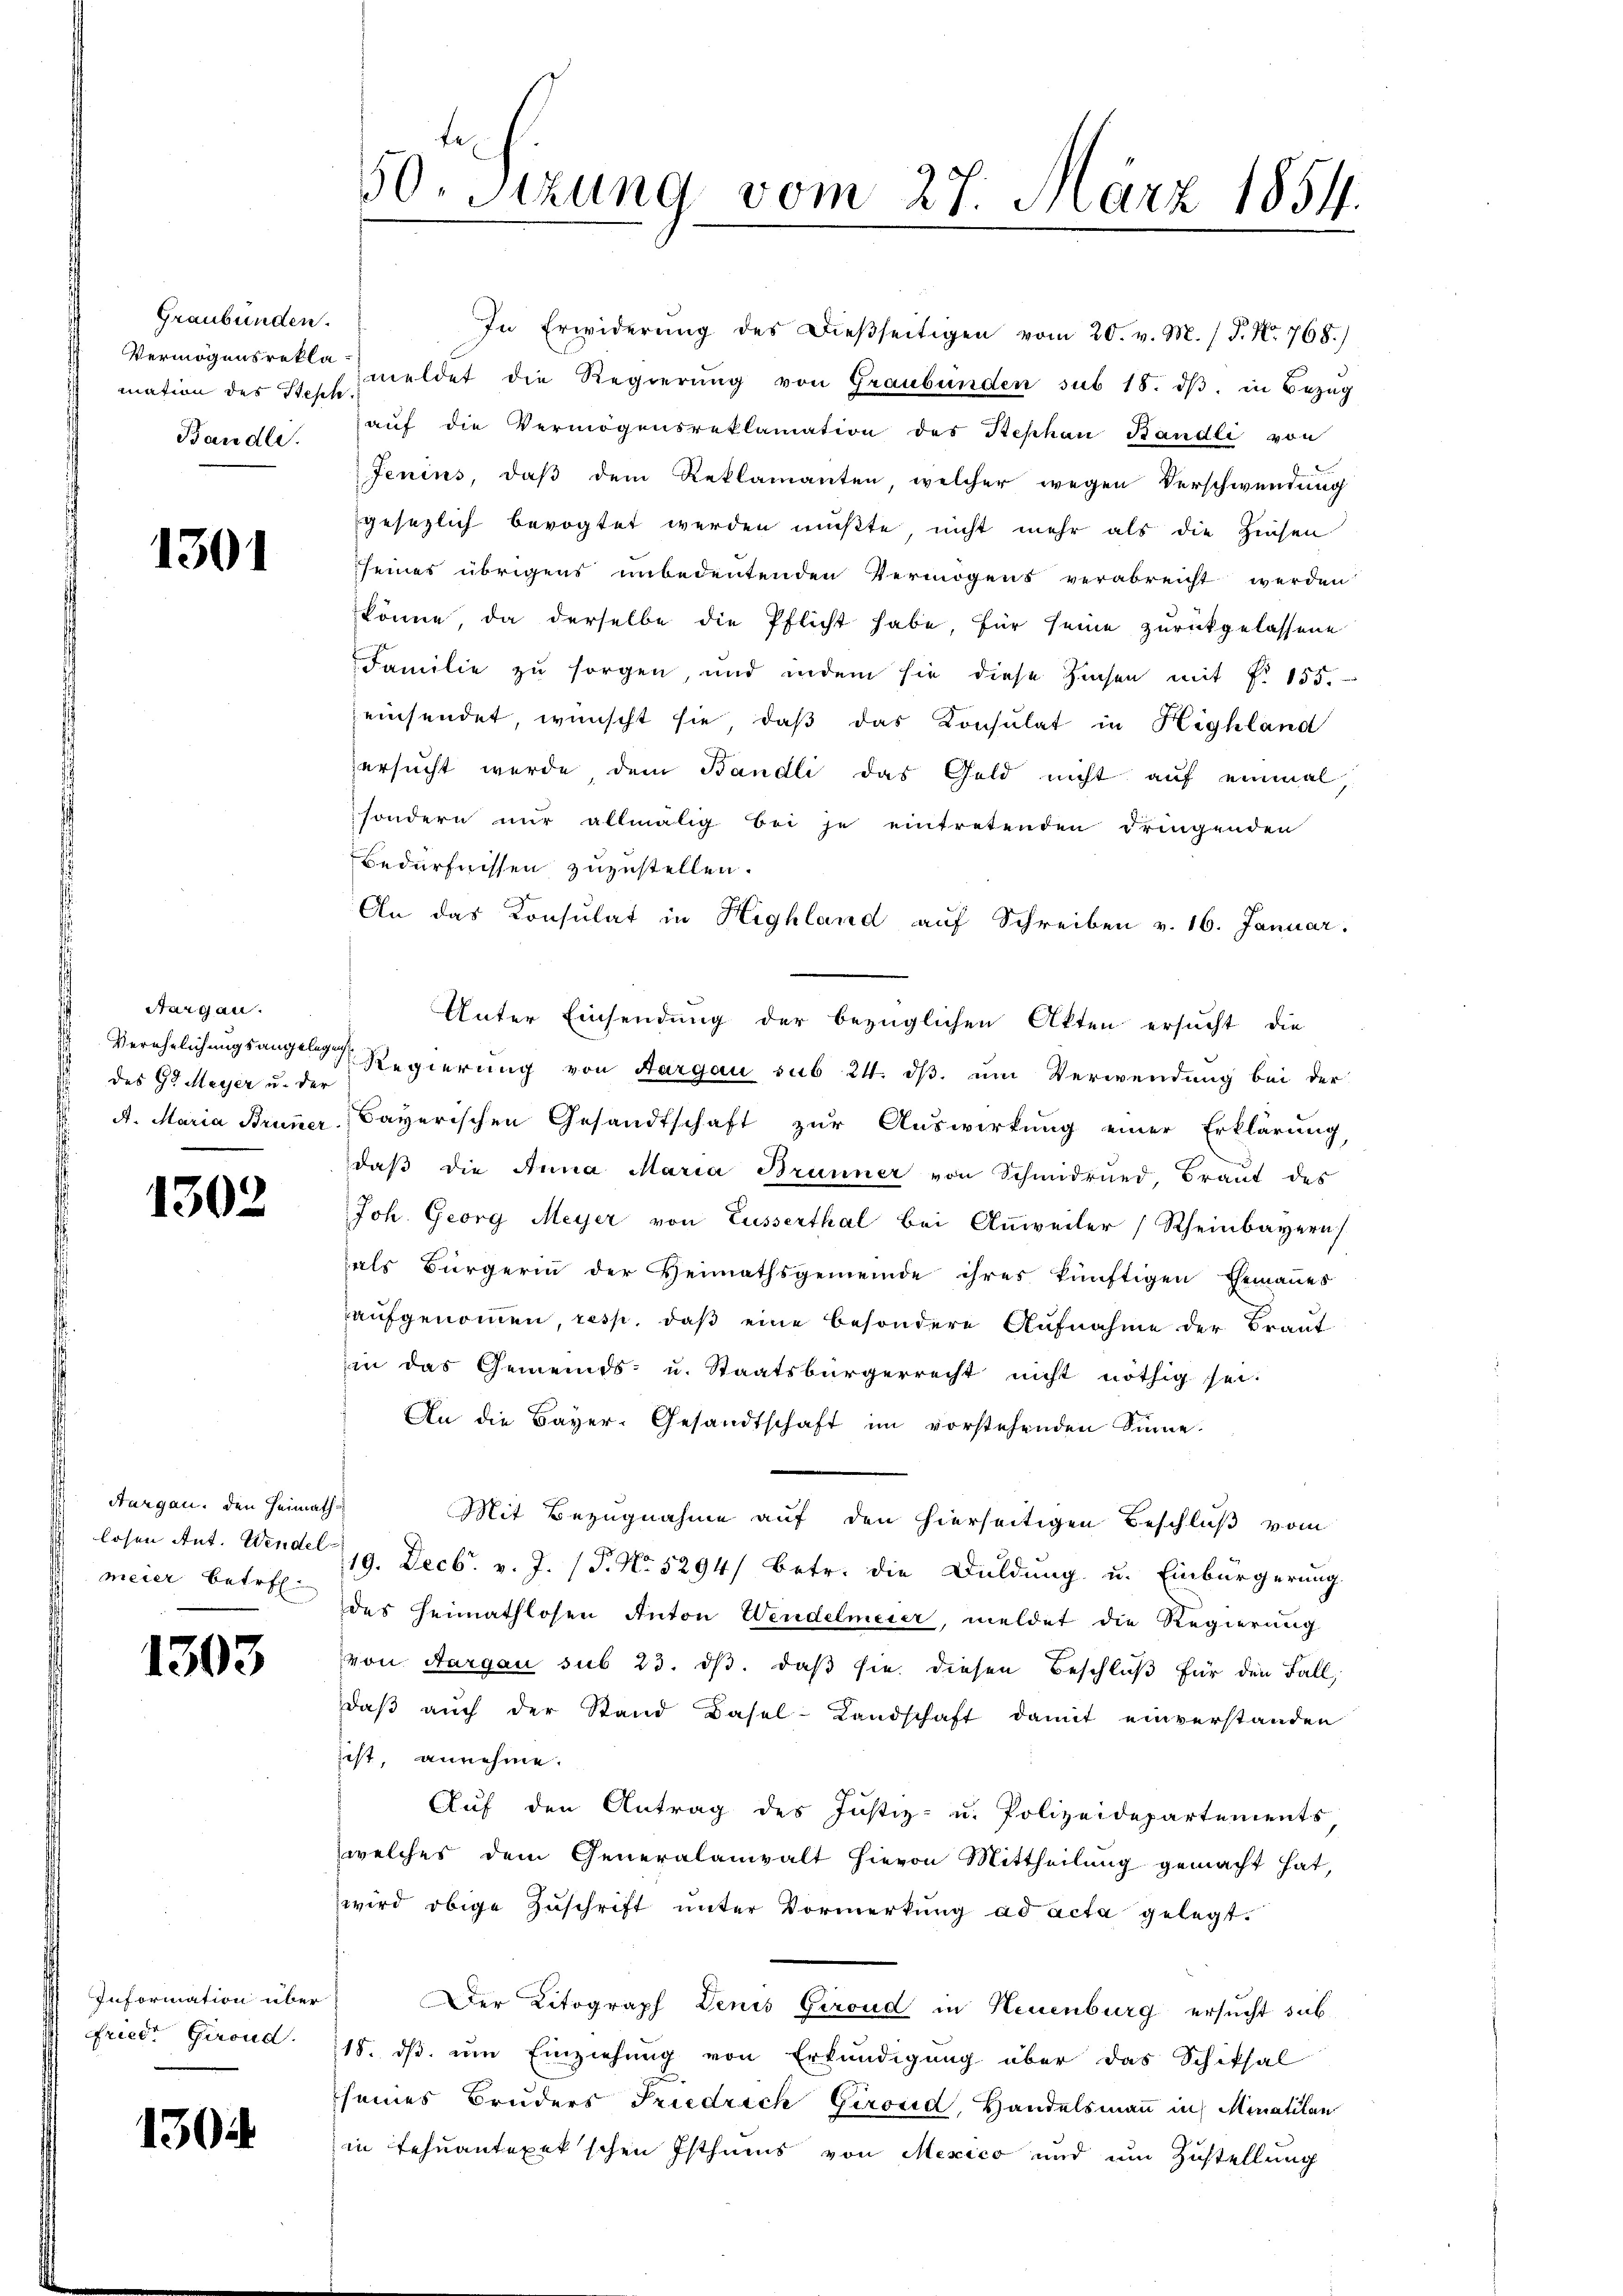
Graubünden.
mation des Stelle
Bandle.

1301

Aargau.
Verehelichungsangeleg
des G. Meyer u. der

1302

Hargau, den Heimathlosen Ant. Wendel
meier betref¬

1303

Information über
Friede Girond.

1304

50. Sezung vom 27. März 1854.

In Erwiderung des dießseitigen vom 20. v. M. (T. No. 768.)
Vermögensrekla meldet die Regierŭng von Graubünden sub 18. dβ. in Bezŭg
aŭf die Vermögensreklamation des Stephan Bändli von
Jenins, daß dem Reklamanten, welcher wegen Verschwendung
gesezlich bevogtet werden müßte, nicht mehr als die Zinsen
seines übrigens unbedeutenden Vermögens verabreicht werden
könne, da derselbe die Pflicht habe, für seine zurückgelassene
Familie zu sorgen, und indem sie diese Zinsen mit f. 155.
einsendet, wünscht sie, daß das Konsulat in Highland
ersucht werde dem Bändli das Geld nicht auf einmal,
sondern nur allmälig bei je eintretenden dringenden
Bedürfnissen zuzustellen.
An das Konsulat in Highland auf Schreiben v. 16. Januar.
Unter Einsendung der bezüglichen Akten ersucht, die
 Regierung von Aargau sub 24. dβ. um Verwendung bei der
A. Maria Bruner- Bayerischen Gesandtschaft zur Auswirkung einer Erklärung
daβ die Anna Maria Brunner von Schmidrund, Braut des
Joh. Georg Meyer von Lusserthal bei Anweiler (Rheinbayern
als Bürgerin der Heimathsgemeinde ihres künftigen Ehemaṅes
aufgenommen, resp. daß eine besondere Aufnahme der Braut
in das Gemeinds- u. Staatsbürgerrecht nicht nöthig sei.
An die Bayer-Gesandtschaft im vorstehenden Sinne.
Mit Bezugnahme auf den hierseitigen Beschluß vom
19. Decbr. v. J. (T. No 5294/ betr. die Duldung u. Einbürgerung
des Heimathlosen Anton Wendelmeier, meldet die Regierung
von Aargau sub 23. ds. daß sie diesen Beschluß für den Fall,
daß auch der Stand dasel-Landschaft damit einverstanden
ist, annehme.
Auf den Antrag des Justiz- u. Polizeidepartements
welches dem Generalanwalt hievon Mittheilung gemacht hat,
wird obige Zuschrift unter Vormerkung ad acta gelegt.
Der Litograph Denis Giroud in Neuenburg ersucht sub¬
118. ds. um Einziehung von Erkundigung über das Schiksal
seines Bruders Friedrich Girond, Handelsmann in Minatilen
in Tehuantexek'schen Isthums von Mexico und um Zustellung